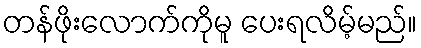
တန်ဖိုးလောက်ကိုမူ ပေးရလိမ့်မည်။